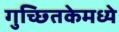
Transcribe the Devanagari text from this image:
गुच्छ्तिकेमध्ये